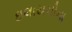
ઇલાયચીના